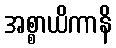
အစ္စာယိကာနိ